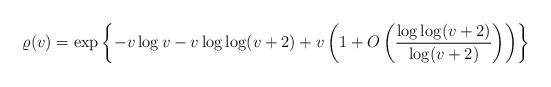
LaTeX: \begin{align*} \varrho(v)=\exp\left\{ -v\log v-v\log\log (v+2)+v\left(1+O\left(\frac{\log\log(v+2)}{\log(v+2)}\right)\right) \right\} \end{align*}